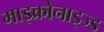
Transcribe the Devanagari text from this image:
माइक्रोनाइज्ड